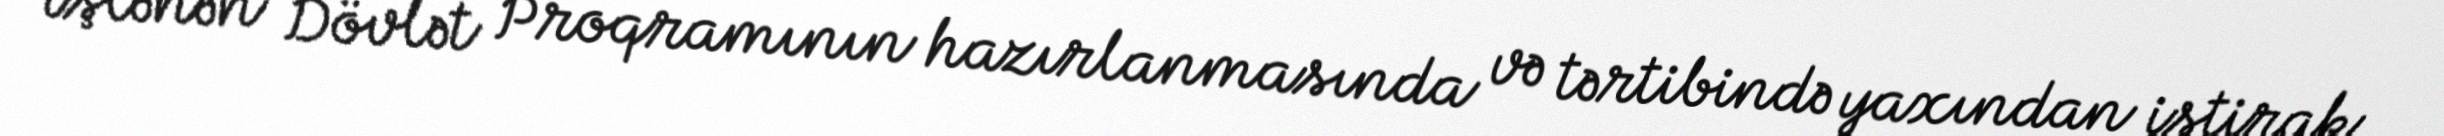
işlənən Dövlət Proqramının hazırlanmasında və tərtibində yaxından iştirak